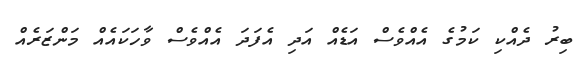
ބިރު ދެއްކި ކަމުގެ އެއްވެސް އަޑެއް އަދި އެފަދަ އެއްވެސް ވާހަކައެއް މަންޒަރެއް